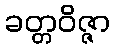
ခတ္တဝိဇ္ဇာ